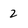
Character: 2